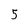
Character: 5